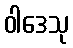
ဝါဒေသု